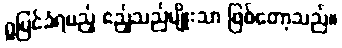
ရှုမြင်ခံရမည့် ဧည့်သည်မျိုးသာ ဖြစ်တော့သည်။